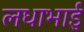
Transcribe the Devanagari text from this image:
लधाभाई